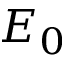
E _ { 0 }